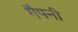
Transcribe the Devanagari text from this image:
गैफ्नी